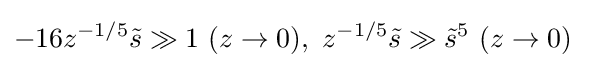
-16z^{-1/5}{\tilde {s}}\gg 1\ (z\to 0),\ z^{-1/5}{\tilde {s}}\gg {\tilde {s}}^{5}\ (z\to 0)\